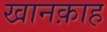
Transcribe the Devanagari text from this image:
खानक़ाह